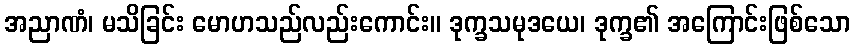
အညာဏံ၊ မသိခြင်း မောဟသည်လည်းကောင်း။ ဒုက္ခသမုဒယေ၊ ဒုက္ခ၏ အကြောင်းဖြစ်သော